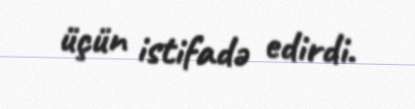
üçün istifadə edirdi.